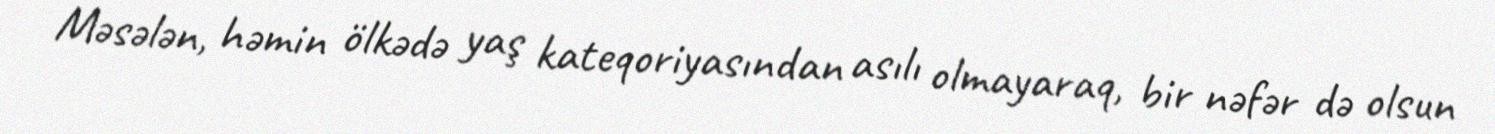
Məsələn, həmin ölkədə yaş kateqoriyasından asılı olmayaraq, bir nəfər də olsun